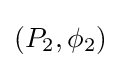
(P_{2},\phi _{2})